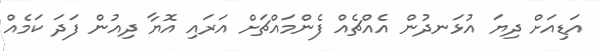
އަޑިއަށް ދިޔަ އުޅަނދުން އެއްޗެއް ފެންމައްޗަށް އަރައި އޮޔާ ދިއުން ފަދަ ކަމެއް